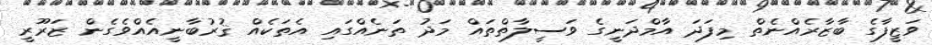
ވަޒީފާގެ ބާޒާރެއްނެތް މިފަދަ އާމްދަނީގެ ވަސީލާތްތައް މަދު ތަނެއްގައި އެތަކެއް ޤުރުބާނީއެއްވެގެން ޒަރޫރީ